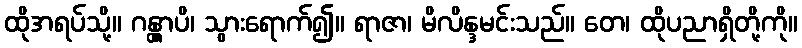
ထိုအရပ်သို့။ ဂန္တွာပိ၊ သွားရောက်၍။ ရာဇာ၊ မိလိန္ဒမင်းသည်။ တေ၊ ထိုပညာရှိတို့ကို။